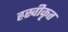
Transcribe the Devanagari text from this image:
ह्रस्वीकृत